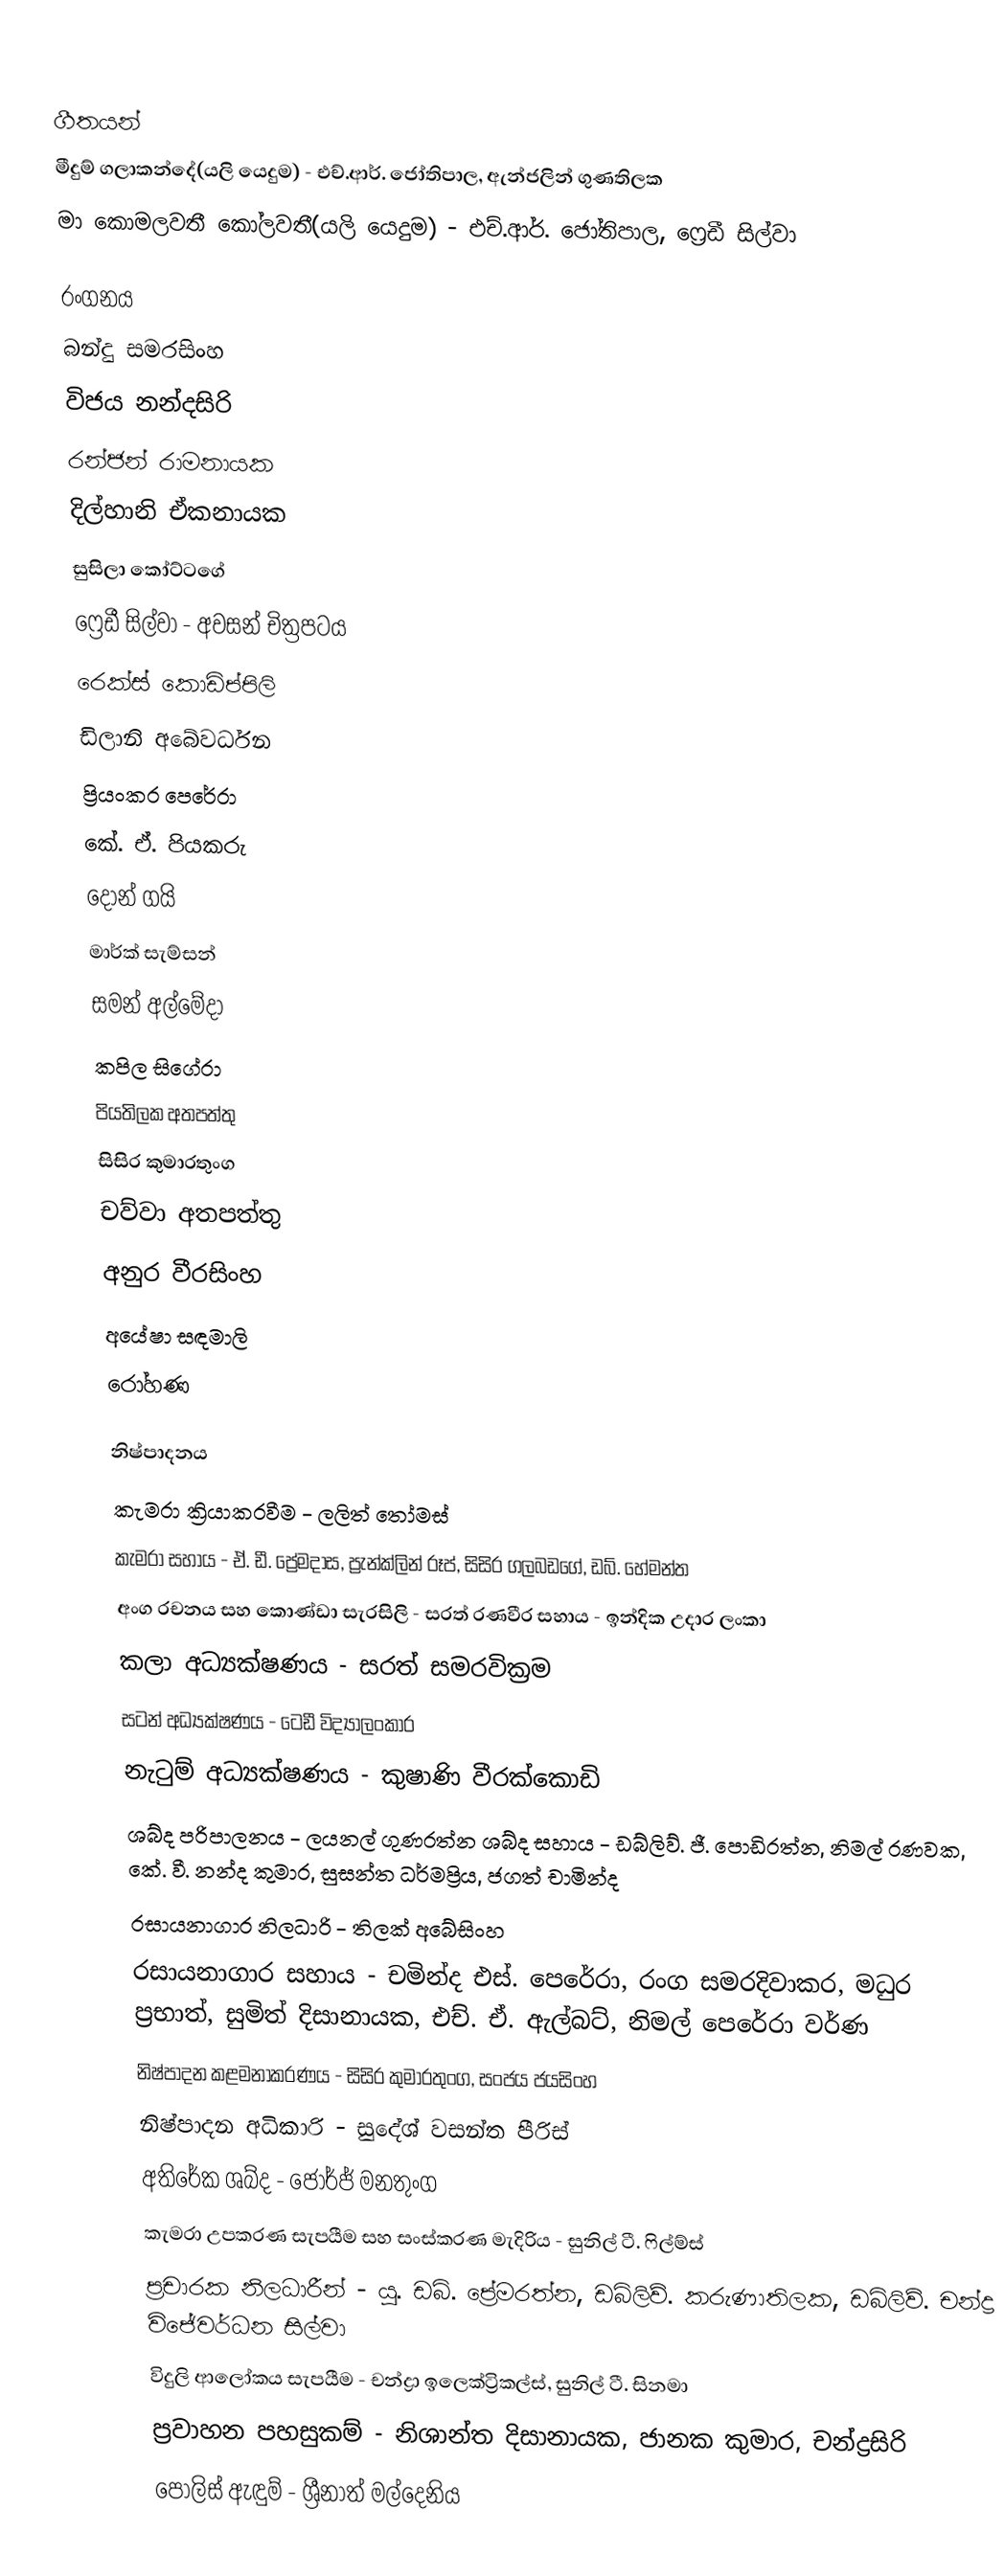

ගීතයන්
මීදුම් ගලාකන්දේ(යලි යෙදුම) - එච්.ආර්. ජෝතිපාල, ඇන්ජලින් ගුණතිලක
මා කොමලවතී කෝලවතී(යලි යෙදුම) - එච්.ආර්. ජෝතිපාල, ෆ්‍රෙඩී සිල්වා

රංගනය
බන්දු සමරසිංහ
විජය නන්දසිරි
රන්ජන් රාමනායක
දිල්හානි ඒකනායක
සුසිලා කෝට්ටගේ
ෆ්‍රෙඩී සිල්වා - අවසන් චිත්‍රපටය
රෙක්ස් කොඩිප්පිලි
ඩිලානි අබේවර්ධන
ප්‍රියංකර පෙරේරා
කේ. ඒ. පියකරු
දොන් ගයි
මාර්ක් සැම්සන්
සමන් අල්මේදා
කපිල සිගේරා
පියතිලක අතපත්තු
සිසිර කුමාරතුංග
චව්වා අතපත්තු
අනුර වීරසිංහ
අයේෂා සඳමාලි
රෝහණ

නිෂ්පාදනය
කැමරා ක්‍රියාකරවීම - ලලිත් තෝමස්
කැමරා සහාය - ඒ. ඩී. ප්‍රේමදාස, ප්‍රැන්ක්ලින් රූප්, සිසිර ගලබඩගේ, ඩබ්. හේමන්ත
අංග රචනය සහ කොණ්ඩා සැරසිලි - සරත් රණවීර සහාය - ඉන්දික උදාර ලංකා
කලා අධ්‍යක්ෂණය - සරත් සමරවික්‍රම
සටන් අධ්‍යක්ෂණය - ටෙඩී විද්‍යාලංකාර
නැටුම් අධ්‍යක්ෂණය - කුෂාණි වීරක්කොඩි
ශබ්ද පරිපාලනය - ලයනල් ගුණරත්න ශබ්ද සහාය - ඩබ්ලිව්. ජී. පොඩිරත්න, නිමල් රණවක, කේ. වී. නන්ද කුමාර, සුසන්ත ධර්මප්‍රිය, ජගත් චාමින්ද
රසායනාගාර නිලධාරි - තිලක් අබේසිංහ
රසායනාගාර සහාය - චමින්ද එස්. පෙරේරා, රංග සමරදිවාකර, මධුර ප්‍රභාත්, සුමිත් දිසානායක, එච්. ඒ. ඇල්බට්, නිමල් පෙරේරා වර්ණ
නිෂ්පාදන කළමනාකරණය - සිසිර කුමාරතුංග, සංජය ජයසිංහ
නිෂ්පාදන අධිකාරි - සුදේශ් වසන්ත පීරිස්
අතිරේක ශබ්ද - ජෝර්ජ් මනතුංග
කැමරා උපකරණ සැපයීම සහ සංස්කරණ මැදිරිය - සුනිල් ටී. ෆිල්ම්ස්
ප්‍රචාරක නිලධාරීන් - යූ. ඩබ්. ප්‍රේමරත්න, ඩබ්ලිව්. කරුණාතිලක, ඩබ්ලිව්. චන්ද්‍ර විජේවර්ධන සිල්වා
විදුලි ආලෝකය සැපයීම - චන්ද්‍රා ඉලෙක්ට්‍රිකල්ස්, සුනිල් ටී. සිනමා
ප්‍රවාහන පහසුකම් - නිශාන්ත දිසානායක, ජානක කුමාර, චන්ද්‍රසිරි
පොලිස් ඇඳුම් - ශ්‍රීනාත් මල්දෙනිය